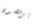
يرفضون